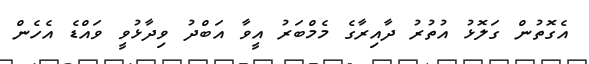
އެގޮތުން ގަލޮޅު އުތުރު ދާއިރާގެ މެމްބަރު އީވާ އަބްދު ވިދާޅުވީ ވައްޑެ އެހެން